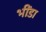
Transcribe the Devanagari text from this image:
भींडा